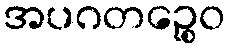
အပဂတဉ္စေဝ